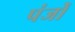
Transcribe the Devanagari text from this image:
पंजोँ